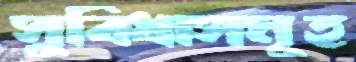
সুবিধাসমূহ